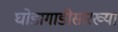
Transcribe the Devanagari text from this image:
घोडागाडीसारख्या